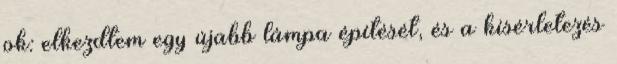
ok: elkezdtem egy újabb lámpa építését, és a kísérletezés